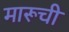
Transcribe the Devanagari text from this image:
मारूची